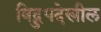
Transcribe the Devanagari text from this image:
विद्रुपदेखील